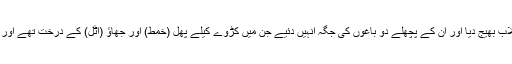
آخر ہم نے ان پر بند توڑ کر سیلاب بھیج دیا اور ان کے پچھلے دو باغوں کی جگہ انہیں دئیے جن میں کڑوے کیلے پھل (خمط) اور جھاؤ (اٹل) کے درخت تھے اور کچھ تھوڑی سی بیریاں (سدر) ۔